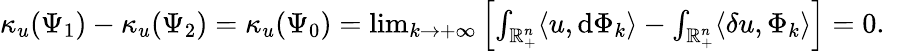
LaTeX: \begin{array}{r}{\kappa_{u}(\Psi_{1})-\kappa_{u}(\Psi_{2})=\kappa_{u}(\Psi_{0})=\operatorname*{lim}_{k\rightarrow+\infty}\left[\int_{\mathbb{R}_{+}^{n}}\langle u,\mathrm{d}{\Phi_{k}}\rangle-\int_{\mathbb{R}_{+}^{n}}\langle\mathbf{\delta}u,{\Phi_{k}}\rangle\right]=0\mathrm{.~}}\end{array}